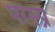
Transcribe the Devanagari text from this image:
परस्प्र